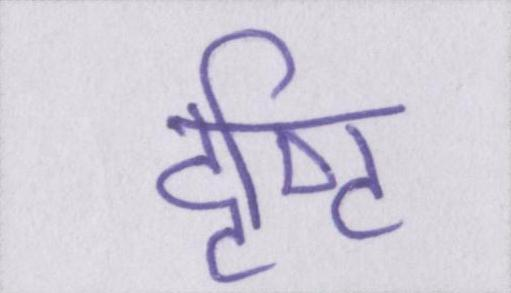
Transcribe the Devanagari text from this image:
दृष्टि